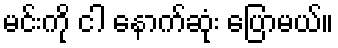
မင်းကို ငါ နောက်ဆုံး ပြောမယ်။